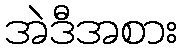
အဲဒီအစား